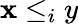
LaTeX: \mathbf{x}\leq_{i}y